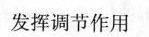
发挥调节作用